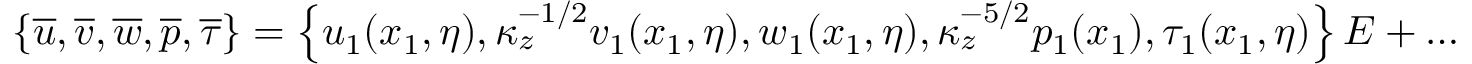
\left\{ \overline { { u } } , \overline { { v } } , \overline { { w } } , \overline { { p } } , \overline { { \tau } } \right\} = \left\{ u _ { 1 } ( x _ { 1 } , \eta ) , \kappa _ { z } ^ { - 1 / 2 } v _ { 1 } ( x _ { 1 } , \eta ) , w _ { 1 } ( x _ { 1 } , \eta ) , \kappa _ { z } ^ { - 5 / 2 } p _ { 1 } ( x _ { 1 } ) , \tau _ { 1 } ( x _ { 1 } , \eta ) \right\} E + \ldots